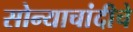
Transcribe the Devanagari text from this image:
सोन्याचांदीचे